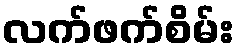
လက်ဖက်စိမ်း